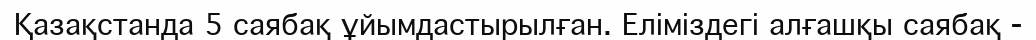
Қазақстанда 5 саябақ ұйымдастырылған. Еліміздегі алғашқы саябақ -